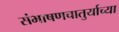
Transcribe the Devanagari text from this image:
संभाषणचातुर्याच्या